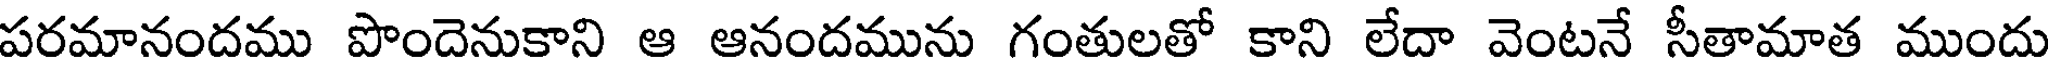
పరమానందము పొందెనుకాని ఆ ఆనందమును గంతులతో కాని లేదా వెంటనే సీతామాత ముందు